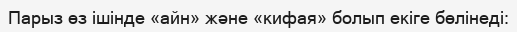
Парыз өз ішінде «айн» және «кифая» болып екіге бөлінеді: